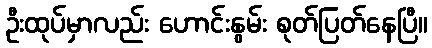
ဦးထုပ်မှာလည်း ဟောင်းနွမ်း စုတ်ပြတ်နေပြီ။